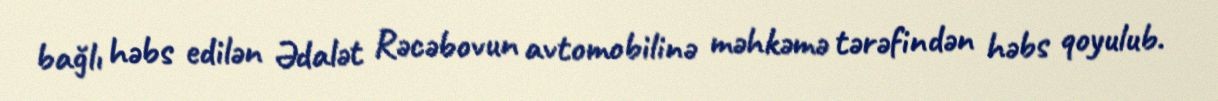
bağlı həbs edilən Ədalət Rəcəbovun avtomobilinə məhkəmə tərəfindən həbs qoyulub.